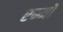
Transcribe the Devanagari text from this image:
एम्मो